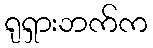
ရုရှားဘက်က